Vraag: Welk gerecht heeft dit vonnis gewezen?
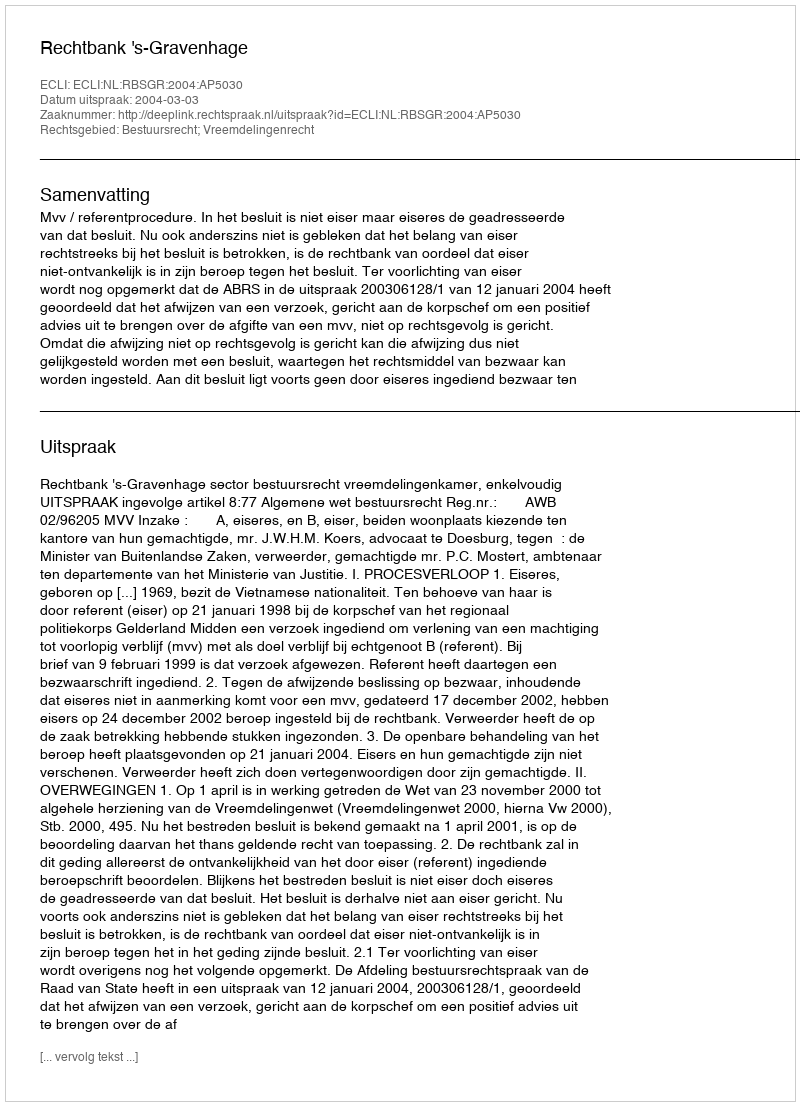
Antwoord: Rechtbank 's-Gravenhage